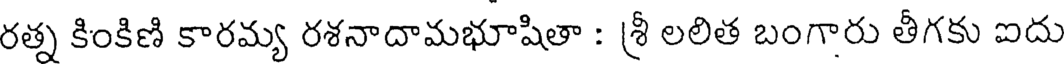
రత్న కింకిణి కారమ్య రశనాదామభూషితా : శ్రీ లలిత బంగారు తీగకు ఐదు